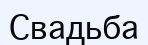
Свадьба